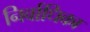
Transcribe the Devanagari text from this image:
निर्वाधिका